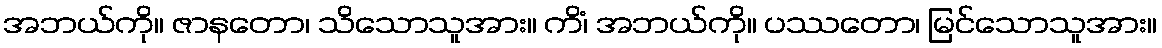
အဘယ်ကို။ ဇာနတော၊ သိသောသူအား။ ကိံ၊ အဘယ်ကို။ ပဿတော၊ မြင်သောသူအား။